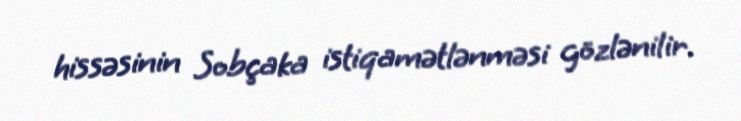
hissəsinin Sobçaka istiqamətlənməsi gözlənilir.